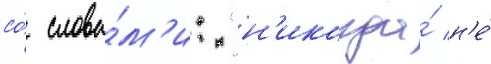
со́ слова́м'и: "н'икогда́ н'е́